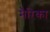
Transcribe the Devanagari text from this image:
मैरिका